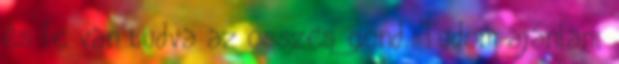
és le van tudva az összes gond. Tudom ajánlani